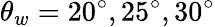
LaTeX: \theta_{w}=20^{\circ},25^{\circ},30^{\circ}